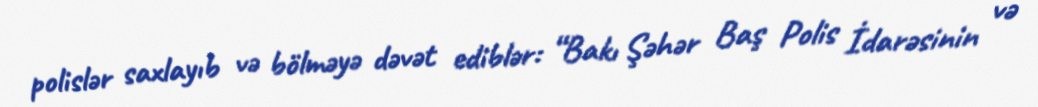
polislər saxlayıb və bölməyə dəvət ediblər: “Bakı Şəhər Baş Polis İdarəsinin və